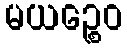
မယဉ္စေဝ